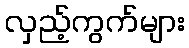
လှည့်ကွက်များ